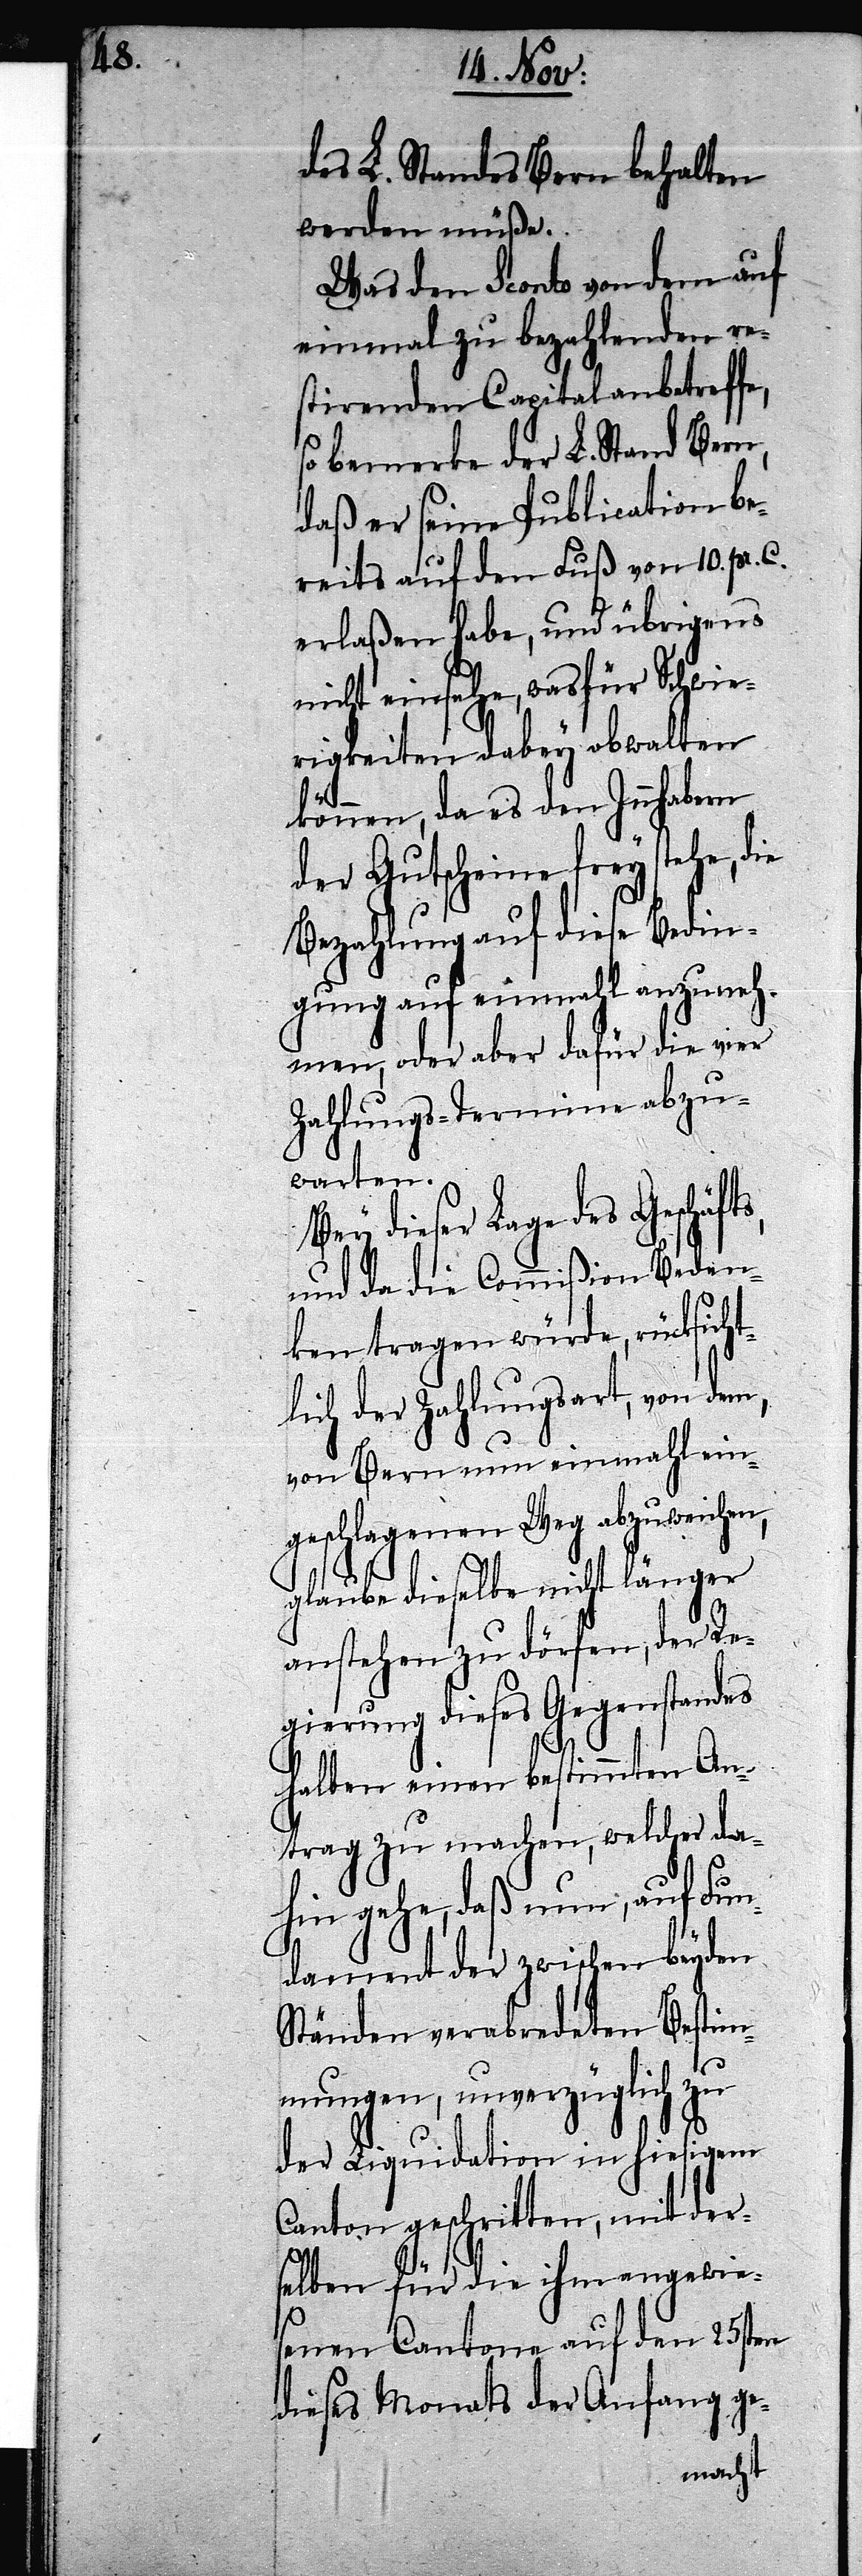
des L. Standes Bern behalten
werden müße.
Was den Sconto von dem auf
einmal zu bezahlenden re¬
stirenden Capital anbetreffe,
so bemerke der L. Stand Bern,
daß er seine Publication be¬
reits auf den Fuß von 10. pr. C.
erlaßen habe, und übrigens
nicht einsehe, was für Schwie¬
rigkeiten dabey obwalten
können, da es den Innhabern
der Gutscheine frey stehe, die
Bezahlung auf diese Bedin¬
gung auf einmahl anzuneh¬
men, oder aber dafür die vier
Zahlungs-Termine abzu¬
warten.
dieser Lage des Geschäft¬
s, und da die Commißion Beden¬
ken tragen würde, rücksicht¬
lich der Zahlungsart, von dem,
von Bern nun einmahl ein¬
geschlagenen Weg abzuweichen,
glaube dieselbe nicht länger
anstehen zu dörfen, der Re¬
gierung dieses Gegenstandes
halben einen bestimmten An¬
trag zu machen, welcher da¬
hin gehe, daß nun, auf Fun¬
dament der zwischen beyden
Ständen verabredeten Bestim¬
mungen, unverzüglich zu
der Liquidation in hiesigem
Canton geschritten, mit der¬
selben für die ihm angewie¬
senen Cantone auf den 25sten
dieses Monats der Anfang ge-